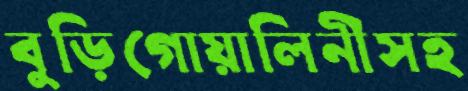
বুড়িগোয়ালিনীসহ